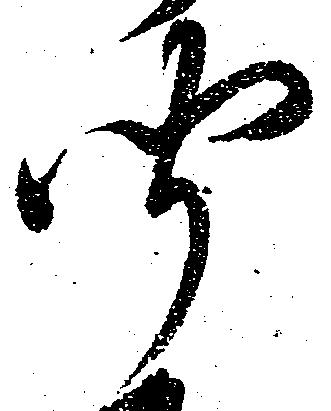
聞